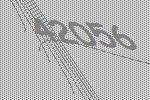
42056